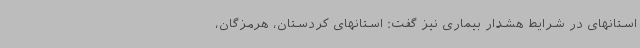
استانهای در شرایط هشدار بیماری نیز گفت: استانهای کردستان، هرمزگان،